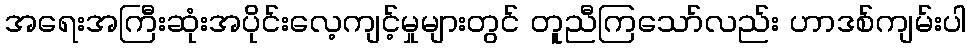
အရေးအကြီးဆုံးအပိုင်းလေ့ကျင့်မှုများတွင် တူညီကြသော်လည်း ဟာဒစ်ကျမ်းပါ